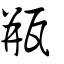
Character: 甁